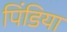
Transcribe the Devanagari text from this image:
पिंडिया